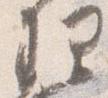
理